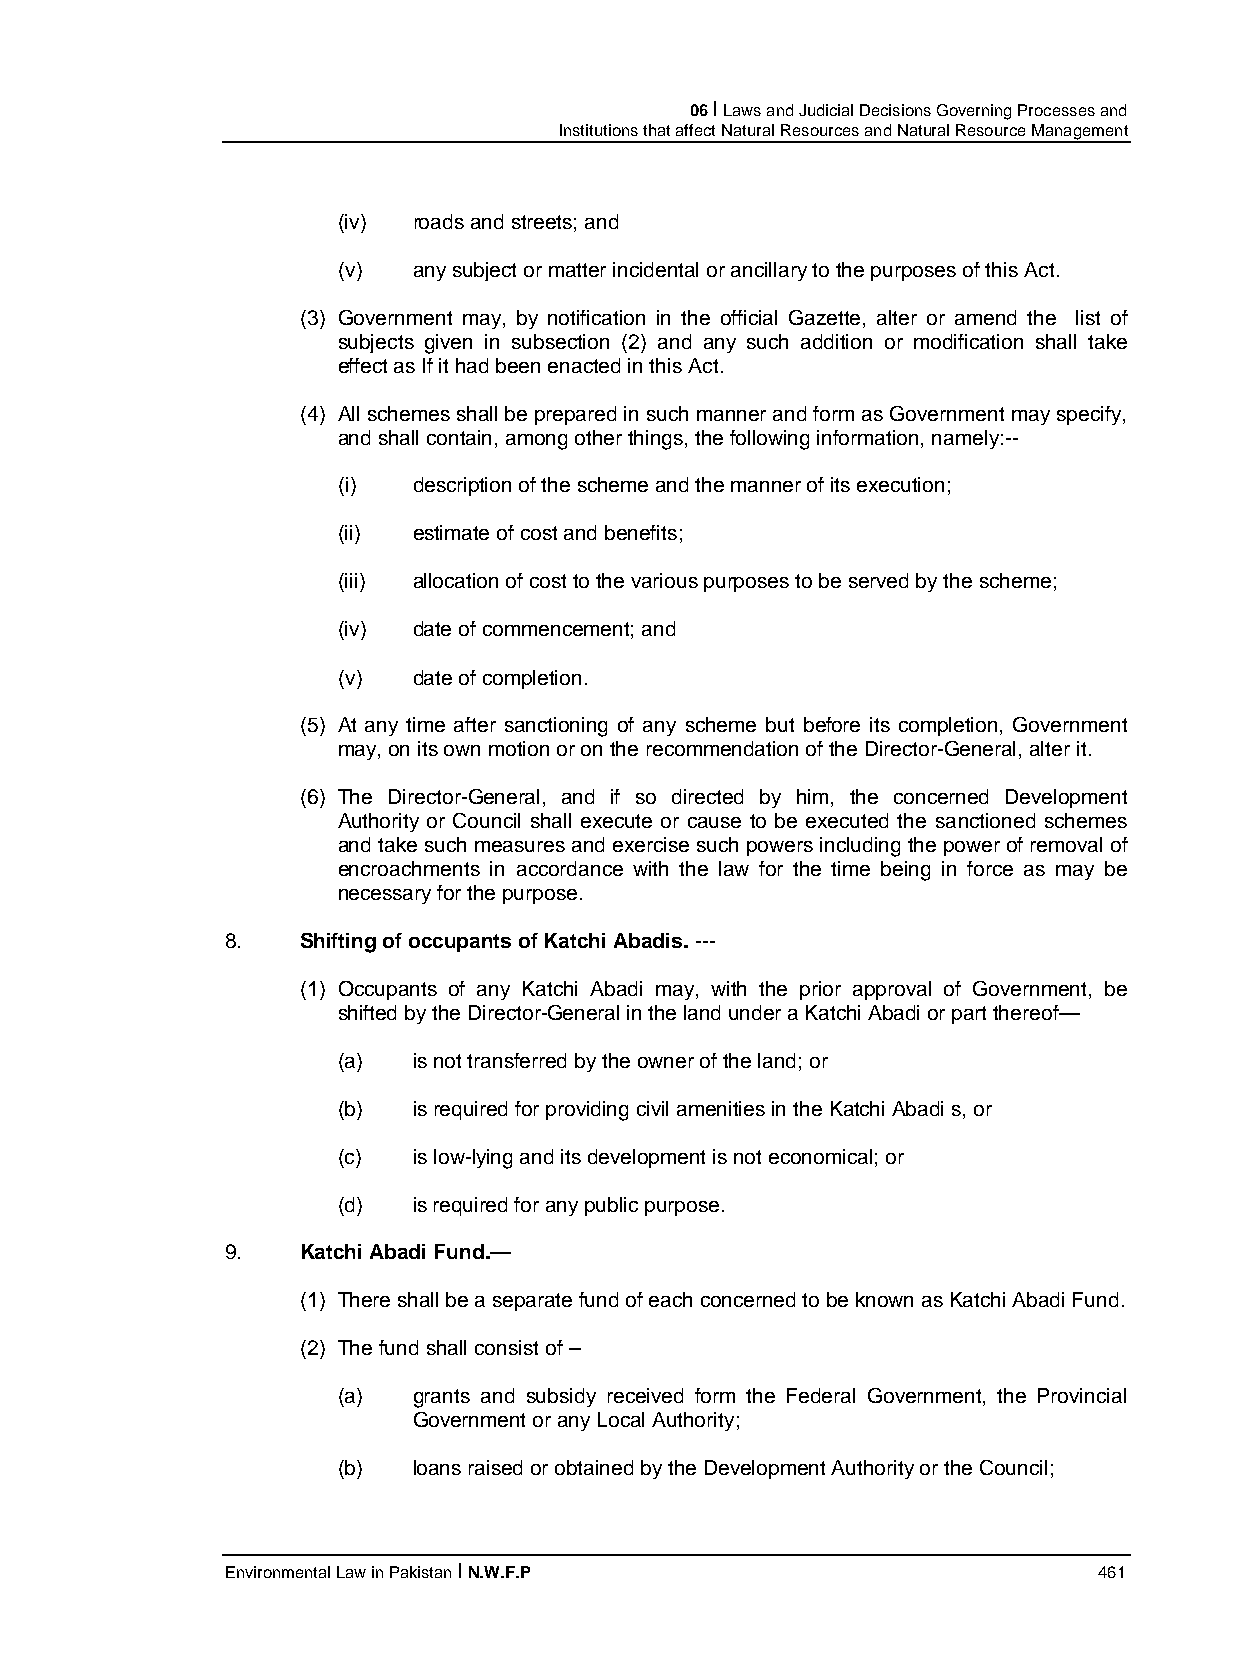
06 I Laws and Judicial Decisions Governing Processes and
 Institutions that affect Natural Resources and Natural Resource Management
 (iv) roads and streets; and
 (v)  any subject or matter incidental or ancillary to the purposes of this Act.
 (3) Government may, by notification in the official Gazette, alter or amend the list of
 subjects given in subsection (2) and any such addition or modification shall take
 effect as If it had been enacted in this Act.
 (4) All schemes shall be prepared in such manner and form as Government may specify,
 and shall contain, among other things, the following information, namely:--
 (i)  description of the scheme and the manner of its execution;
 (ii) estimate of cost and benefits;
 (iii) allocation of cost to the various purposes to be served by the scheme;
 (iv) date of commencement; and
 (v)  date of completion.
 (5) At any time after sanctioning of any scheme but before its completion, Government
 may, on its own motion or on the recommendation of the Director-General, alter it.
 (6) The Director-General, and if so directed by him, the concerned Development
 Authority or Council shall execute or cause to be executed the sanctioned schemes
 and take such measures and exercise such powers including the power of removal of
 encroachments in accordance with the law for the time being in force as may be
 necessary for the purpose.
 8.   Shifting of occupants of Katchi Abadis. ---
 (1) Occupants of any Katchi Abadi may, with the prior approval of Government, be
 shifted by the Director-General in the land under a Katchi Abadi or part thereof—
 (a)  is not transferred by the owner of the land; or
 (b)  is required for providing civil amenities in the Katchi Abadi s, or
 (c)  is low-lying and its development is not economical; or
 (d)  is required for any public purpose.
 9.   Katchi Abadi Fund.—
 (1) There shall be a separate fund of each concerned to be known as Katchi Abadi Fund.
 (2) The fund shall consist of –
 (a)  grants and subsidy received form the Federal Government, the Provincial
 Government or any Local Authority;
 (b)  loans raised or obtained by the Development Authority or the Council;
 Environmental Law in Pakistan I N.W.F.P                   461